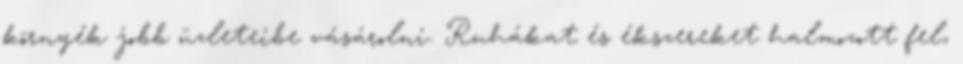
környék jobb üzleteibe vásárolni. Ruhákat és ékszereket halmozott fel,